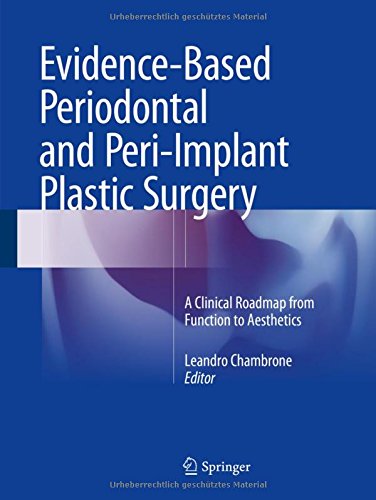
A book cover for Evidence-Based Periodontal and Peri-Implant Plastic Surgery: A Clinical Roadmap from Function to  Aesthetics; Medical Books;